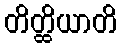
တိတ္ထိယာတိ